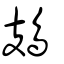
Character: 鳷